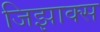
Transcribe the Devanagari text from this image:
जिझाक्स